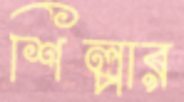
শিল্পার